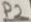
Text: P2